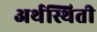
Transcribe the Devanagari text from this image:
अर्थस्थिती